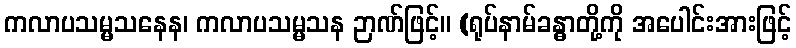
ကလာပသမ္မသနေန၊ ကလာပသမ္မသန ဉာဏ်ဖြင့်။ (ရုပ်နာမ်ခန္ဓာတို့ကို အပေါင်းအားဖြင့်